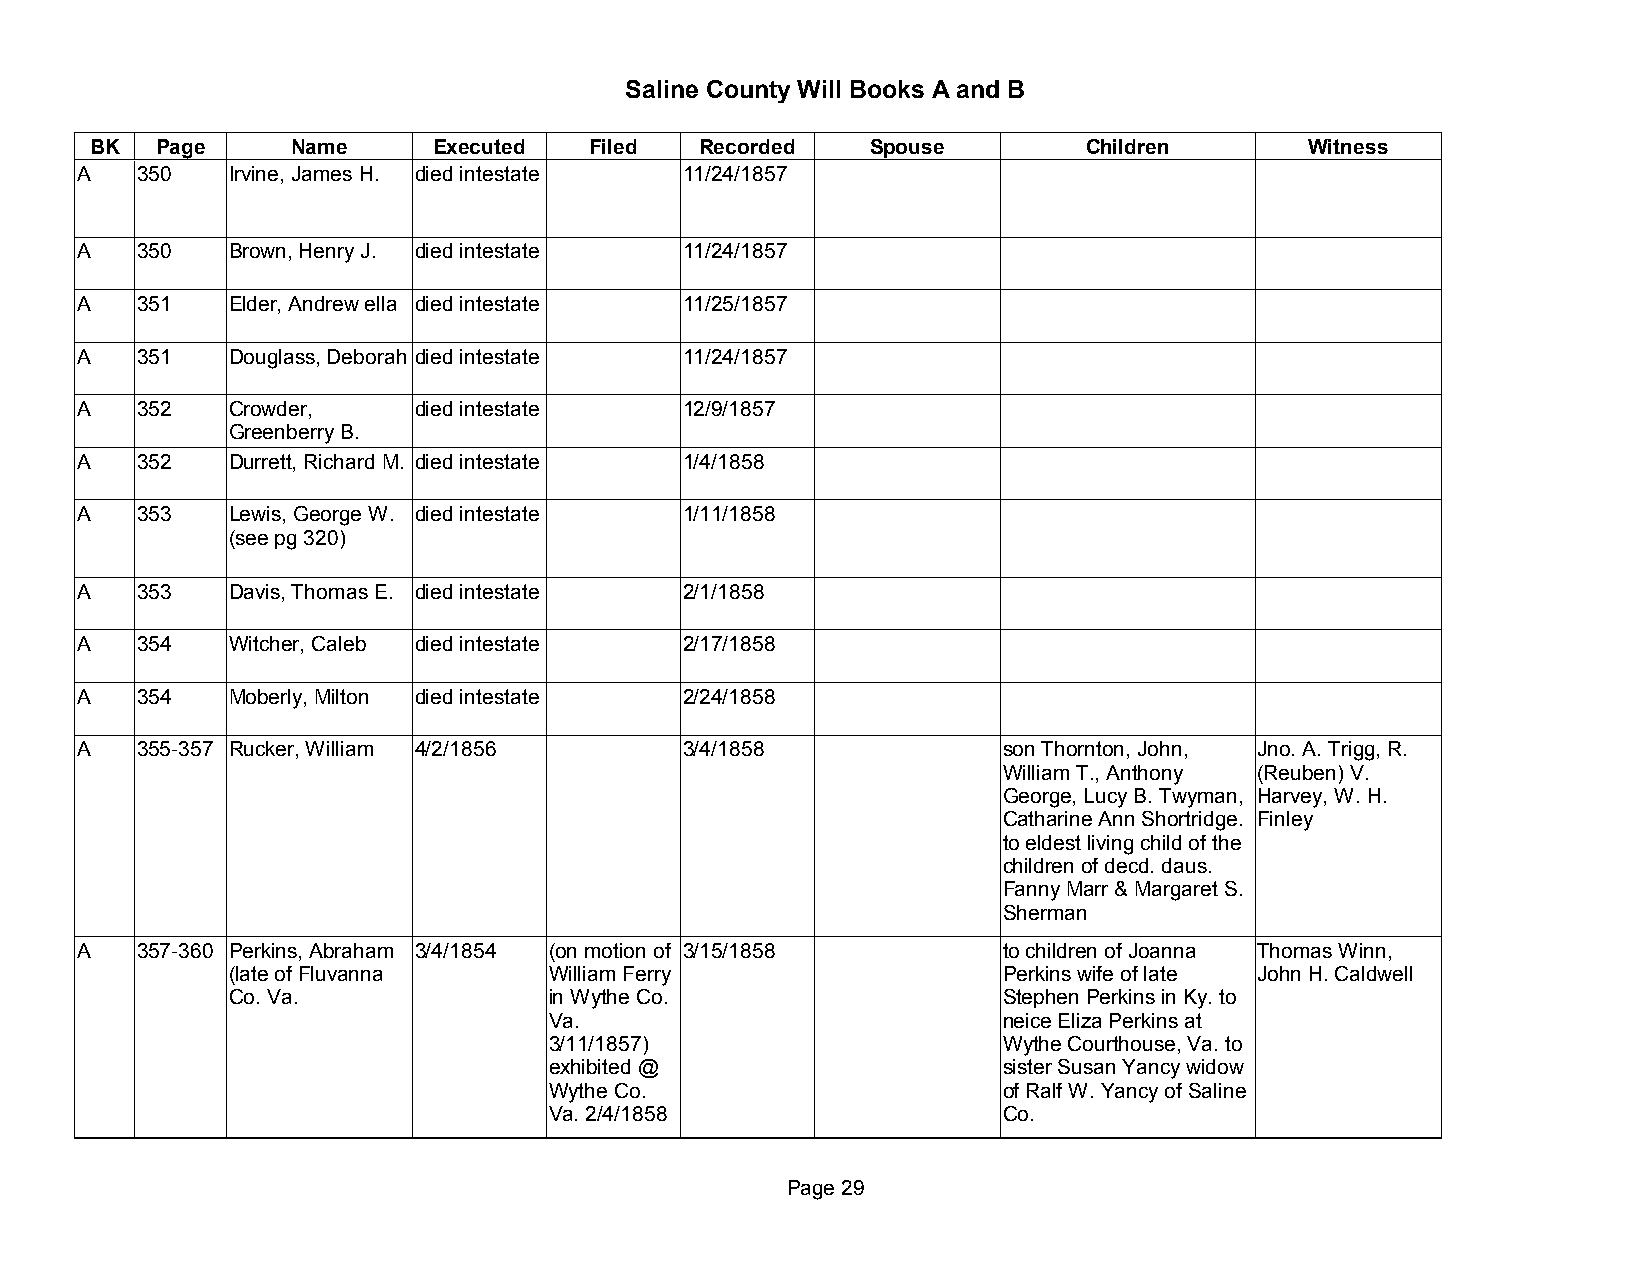
Saline County Will Books A and B
 BK  Page     Name      Executed  Filed  Recorded    Spouse        Children       Witness
 A   350   Irvine, James H. died intestate 11/24/1857
 A   350   Brown, Henry J. died intestate 11/24/1857
 A   351   Elder, Andrew ella died intestate 11/25/1857
 A   351   Douglass, Deborah died intestate 11/24/1857
 A   352   Crowder,    died intestate    12/9/1857
 Greenberry B.
 A   352   Durrett, Richard M. died intestate 1/4/1858
 A   353   Lewis, George W. died intestate 1/11/1858
 (see pg 320)
 A   353   Davis, Thomas E. died intestate 2/1/1858
 A   354   Witcher, Caleb died intestate 2/17/1858
 A   354   Moberly, Milton died intestate 2/24/1858
 A   355-357 Rucker, William 4/2/1856    3/4/1858             son Thornton, John, Jno. A. Trigg, R.
 William T., Anthony (Reuben) V.
 George, Lucy B. Twyman, Harvey, W. H.
 Catharine Ann Shortridge. Finley
 to eldest living child of the
 children of decd. daus.
 Fanny Marr & Margaret S.
 Sherman
 A   357-360 Perkins, Abraham 3/4/1854 (on motion of 3/15/1858 to children of Joanna Thomas Winn,
 (late of Fluvanna    William Ferry                 Perkins wife of late John H. Caldwell
 Co. Va.              in Wythe Co.                  Stephen Perkins in Ky. to
 Va.                           neice Eliza Perkins at
 3/11/1857)                    Wythe Courthouse, Va. to
 exhibited @                   sister Susan Yancy widow
 Wythe Co.                     of Ralf W. Yancy of Saline
 Va. 2/4/1858                  Co.
 Page 29